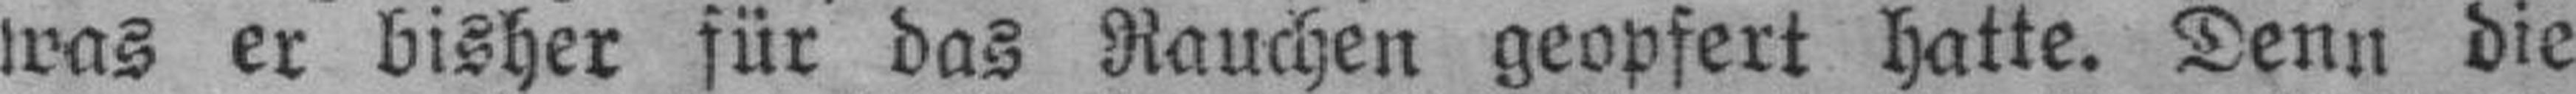
was er bisher für das Rauchen geopfert hatte. Denn die